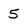
Character: 5